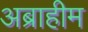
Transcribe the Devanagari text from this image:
अब्राहीम